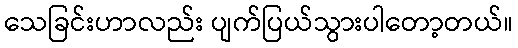
သေခြင်းဟာလည်း ပျက်ပြယ်သွားပါတော့တယ်။